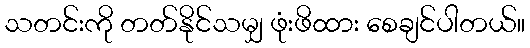
သတင်းကို တတ်နိုင်သမျှ ဖုံးဖိထား စေချင်ပါတယ်။